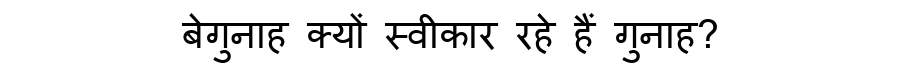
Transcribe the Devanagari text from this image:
बेगुनाह क्यों स्वीकार रहे हैं गुनाह?